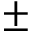
\pm